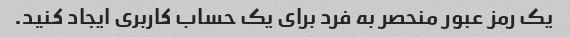
یک رمز عبور منحصر به فرد برای یک حساب کاربری ایجاد کنید.